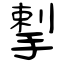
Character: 揧